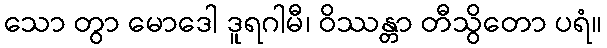
သော တွာ မောဒေါ ဒူရဂါမီ၊ ဝိဿန္တာ တီသွိတော ပရံ။